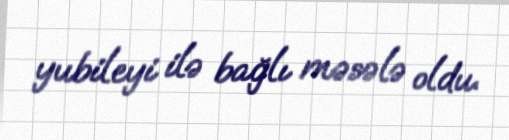
yubileyi ilə bağlı məsələ oldu.